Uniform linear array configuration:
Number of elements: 64
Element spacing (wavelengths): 0.25
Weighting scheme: hamming
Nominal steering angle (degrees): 15
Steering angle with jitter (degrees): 15.517
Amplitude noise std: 0.05
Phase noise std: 0.05

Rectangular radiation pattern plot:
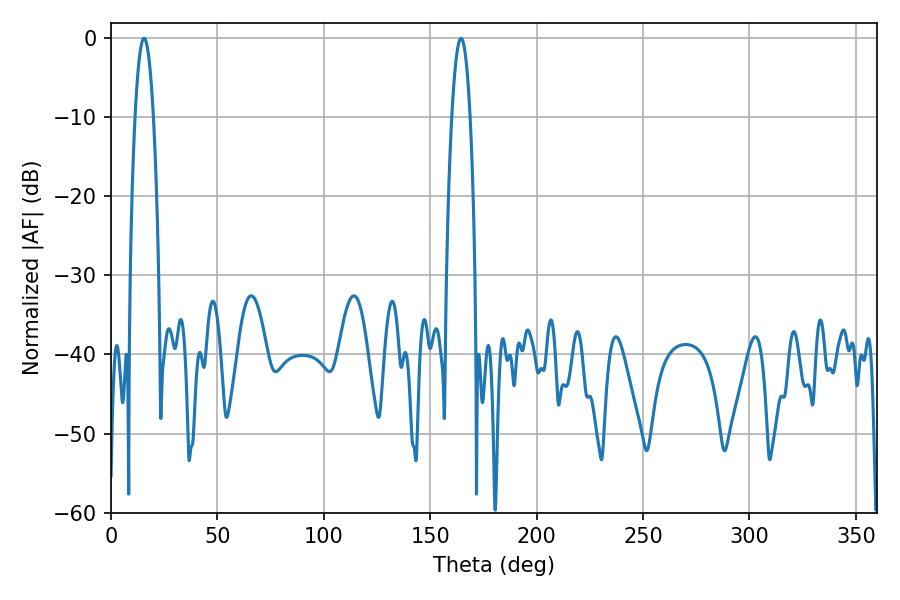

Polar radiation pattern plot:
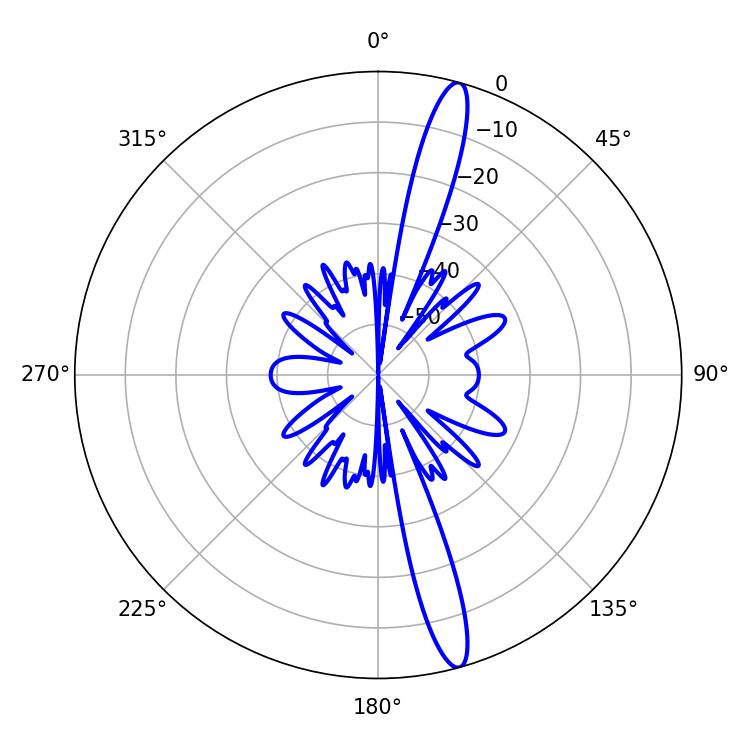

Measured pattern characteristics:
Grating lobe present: FALSE
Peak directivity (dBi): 16.178
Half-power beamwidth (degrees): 4.68
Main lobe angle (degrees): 15.48